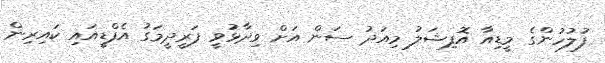
ފުލުހުންގެ މީޑިއާ އޮފިޝަލު މިއަދު ސަން އަށް ވިދާޅުވީ ފަރީދީމަގު އެފްޑީއައި ކައިރިން